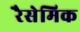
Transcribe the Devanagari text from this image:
रैसेमिक